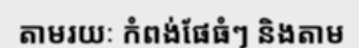
តាមរយៈ កំពង់ផែធំៗ និងតាម